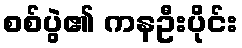
စစ်ပွဲ၏ ကနဦးပိုင်း